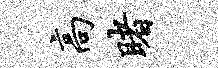
高睹